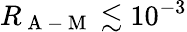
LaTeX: R_{\mathrm{~A~-~M~}}\lesssim 10^{-3}